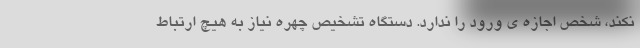
نکند، شخص اجازه ی ورود را ندارد. دستگاه‌ تشخیص چهره نیاز به هیچ ارتباط